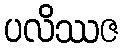
ပလိဿဇ